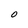
Character: 0